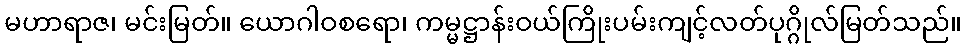
မဟာရာဇ၊ မင်းမြတ်။ ယောဂါဝစရော၊ ကမ္မဋ္ဌာန်းဝယ်ကြိုးပမ်းကျင့်လတ်ပုဂ္ဂိုလ်မြတ်သည်။